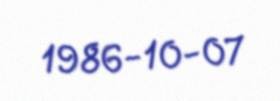
1986-10-07